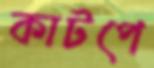
কাটপে